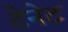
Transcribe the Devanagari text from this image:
टेनेट